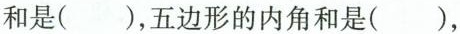
和是( )，五边形的内角和是( )，